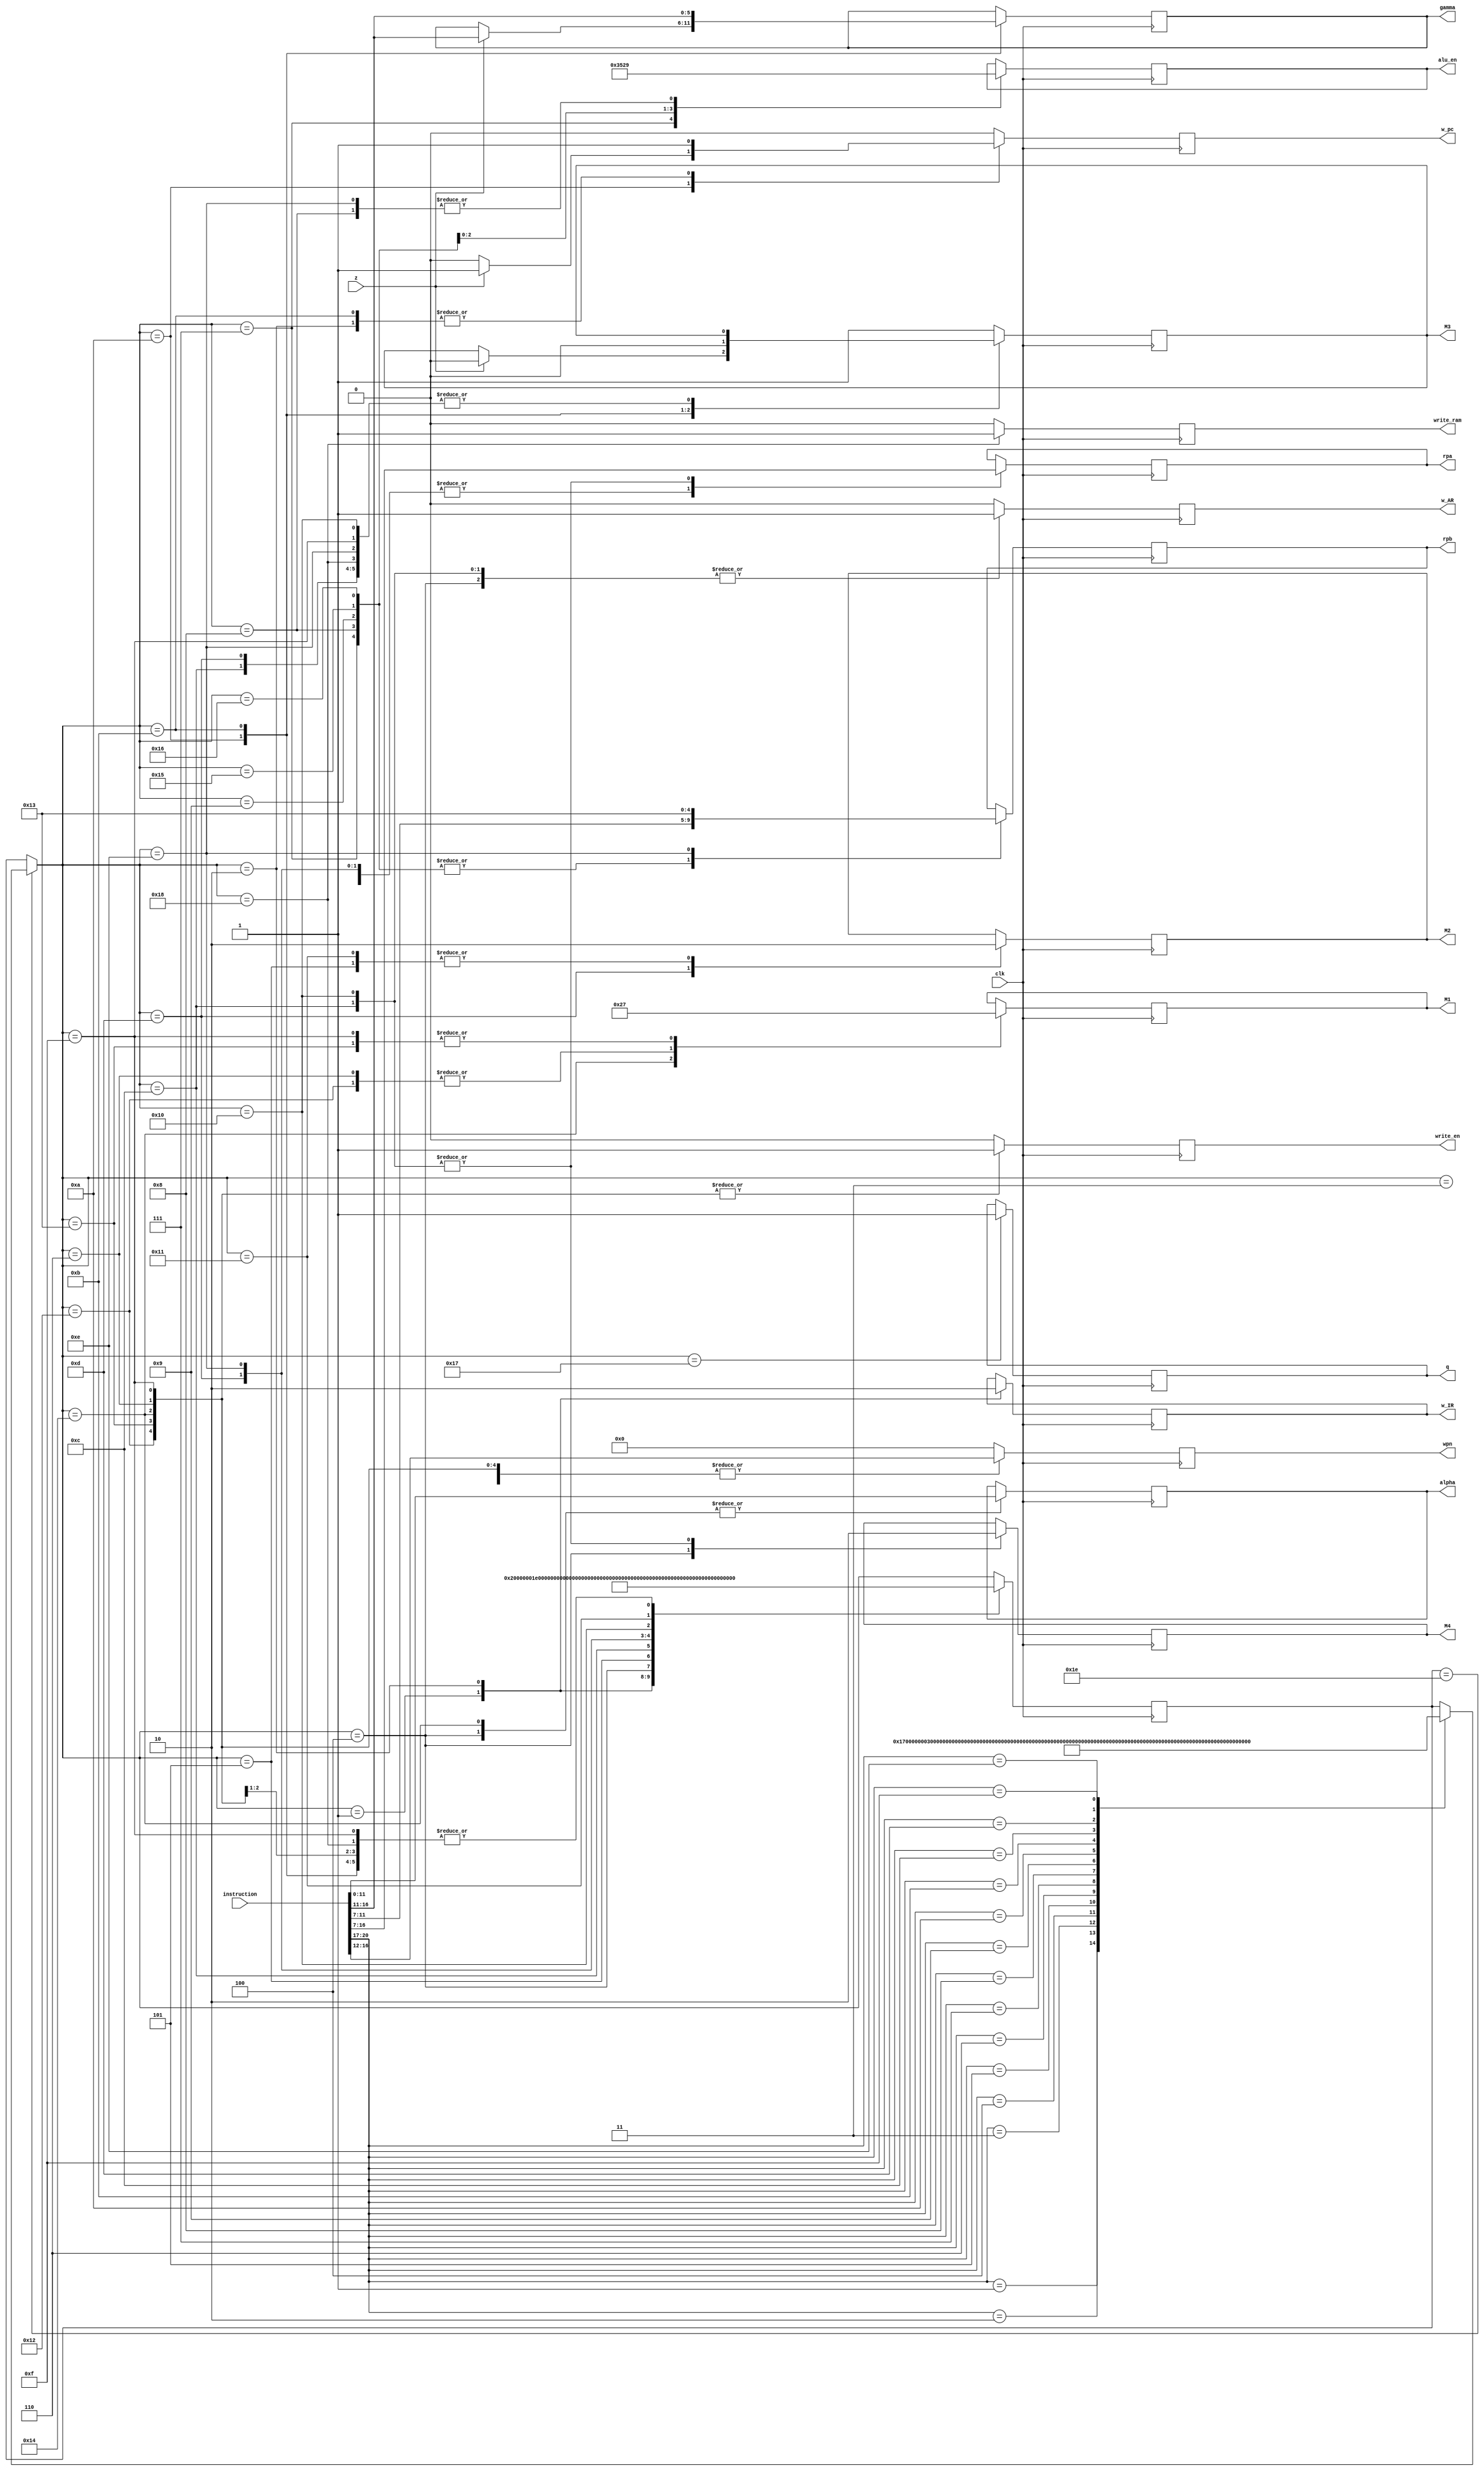
module control(
     clk, 
     z, 
     instruction, 
     alu_en, 
     M1, 
     M2, 
     M3, 
     M4, 
     w_pc, 
     w_IR, 
     w_AR,
     rpa, 
     rpb, 
     wpn, 
     write_en, 
     alpha, 
     gamma, 
     write_ram, 
     q 
);

input clk;
input z; //flag raised by ALU 
input [20:0] instruction; //fetched by IR
output reg [2:0] alu_en; //ALU operation selection
output reg [1:0] M1; //data selection for Register file
output reg M2; //data selection for DR
output reg M3; //selection for PC module
output reg M4; //data selection for IR
output reg w_pc; //PC enable
output reg w_IR; //IR enable
output reg w_AR; //AR enable
output reg [4:0] rpa; //register file read A bus 
output reg [4:0] rpb; //register file read B bus 
output reg [4:0] wpn; //register file write A bus 
output reg write_en; //register file write/reset selection
output reg [5:0] gamma; //PC jump address
output reg [11:0] alpha; //DRAM address
output reg write_ram; //DRAM write enable
output reg q = 0; //process END flag

integer present = 5'd1;

parameter present0         = 5'd0;
parameter fetch1           = 5'd1;
parameter fetch2           = 5'd2;
parameter rst              = 5'd3;
parameter loadI1           = 5'd4;
parameter loadI2           = 5'd5;
parameter loadI3           = 5'd6;
parameter mul              = 5'd7;
parameter add              = 5'd8;
parameter sub              = 5'd9;
parameter jmpz             = 5'd10;
parameter jmp              = 5'd11;
parameter store1           = 5'd12;
parameter store2           = 5'd13;
parameter inc1             = 5'd14;
parameter inc2             = 5'd15;
parameter load1            = 5'd16;
parameter load2            = 5'd17;
parameter load3            = 5'd18;
parameter mv               = 5'd19;
parameter write            = 5'd20;
parameter div              = 5'd21;
parameter mod              = 5'd22;
parameter term             = 5'd23;
parameter store3           = 5'd24;
parameter next_instruction = 5'd30;

wire [3:0] opcode   = instruction[20:17];
wire [4:0] operand1 = instruction[16:12];
wire [4:0] operand2 = instruction[11:7];
wire [5:0] immd1    = instruction[16:11];
wire [11:0] immd2   = instruction[11:0];

always @(posedge clk) begin
 
write_en  <= 0;
w_AR      <= 0; 
write_ram <= 0;
w_pc      <= 0;
wpn       <= 5'b0;

if(present == next_instruction) begin

case (opcode)

4'b0001 : present = term;
4'b0010 : present = rst;
4'b0011 : present = write; 
4'b0100 : present = loadI1; 
4'b0101 : present = mul; 
4'b0110 : present = load1; 
4'b0111 : present = mv; 
4'b1000 : present = add; 
4'b1001 : present = inc1; 
4'b1010 : present = sub; 
4'b1011 : present = jmpz; 
4'b1100 : present = jmp; 
4'b1101 : present = store1; 
4'b1110 : present = div; 
4'b1111 : present = mod; 

endcase
end

case(present)

fetch1 : begin
w_IR <= 1;
present <= fetch2;
end

fetch2 : begin
$display ("instruction %b", opcode);
M3 <= 1'b1;
w_pc <= 1;
w_IR <= 0;
present <= next_instruction;
end

term : begin
q <= 1'b1;
end

rst : begin
wpn <= operand1;
present <= fetch1;
end

write : begin
write_en <= 1;
wpn <= operand1;
alpha <= immd2;
M1 <= 2'b10;
present <= fetch1;
end

loadI1 : begin
alpha <= immd2;
M4 <= 1'b1;
w_AR <= 1;
present <= loadI2;
end

loadI2 : begin
M2 <= 1'b0;
present <= loadI3;
end

loadI3 : begin
M1 <= 2'b01;
write_en <= 1;
wpn <= operand1;
present <= fetch1;
end

mul : begin
alu_en <= 3'b011;
rpa <= operand1;
rpb <= operand2;
present <= fetch1;
end

add : begin
alu_en <= 3'b001;
rpa <= operand1;
rpb <= operand2;
present <= fetch1;
end

sub : begin
alu_en <= 3'b010;
rpa <= operand1;
rpb <= operand2;
present <= fetch1;
end

div : begin
alu_en <= 3'b100;
rpa <= operand1;
rpb <= operand2;
present <= fetch1;
end

mod : begin
alu_en <= 3'b101;
rpa <= operand1;
rpb <= operand2;
present <= fetch1;
end

jmpz : begin
if (z) begin
     gamma <= immd1;
     M3 <= 1'b0;
     w_pc <= 1;
end
present <= fetch1;
end

jmp : begin
gamma <= immd1;
M3 <= 1'b0;
w_pc <= 1;
present <= fetch1;
end

store1 : begin
M4 <= 1'b0;
rpa <= operand2;
w_AR <= 1;
present <= store2;
end

store2 : begin
rpa <= operand1;
M2 <= 1'b1;
present = store3;
end

store3 : begin 
write_ram <= 1;
present <= fetch1;
end 

inc1 : begin
rpa <= operand1;
rpb <= 5'd19;
alu_en <= 3'b001;
present <= inc2;
end

inc2 : begin
M1 <= 2'b11;
wpn <= operand1;
write_en <= 1;
present <= fetch1;
end

load1 : begin
M4 <= 1'b0;
w_AR <= 1;
rpa <= operand2;
present <= load2;
end

load2 : begin
M2 <= 1'b0;
present <= load3;
end

load3 : begin
M1 <= 2'b01;
wpn <= operand1;
write_en <= 1;
present <= fetch1;
end

mv : begin
M1 <= 2'b11;
wpn <= operand1;
write_en <= 1;
present <= fetch1;
end

default : begin
M3 <= 1'b1;
end

endcase
end
endmodule